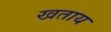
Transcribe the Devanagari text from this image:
खताय